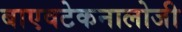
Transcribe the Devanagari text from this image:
बाएवटेकनालोजी